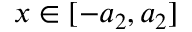
x \in [ - a _ { 2 } , a _ { 2 } ]